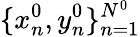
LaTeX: \{ x_{n}^{0},y_{n}^{0}\} _{n=1}^{N^{0}}